Insane asylums in Bengal annual reports 1867-1875 - 1867-1875
Year: 1867
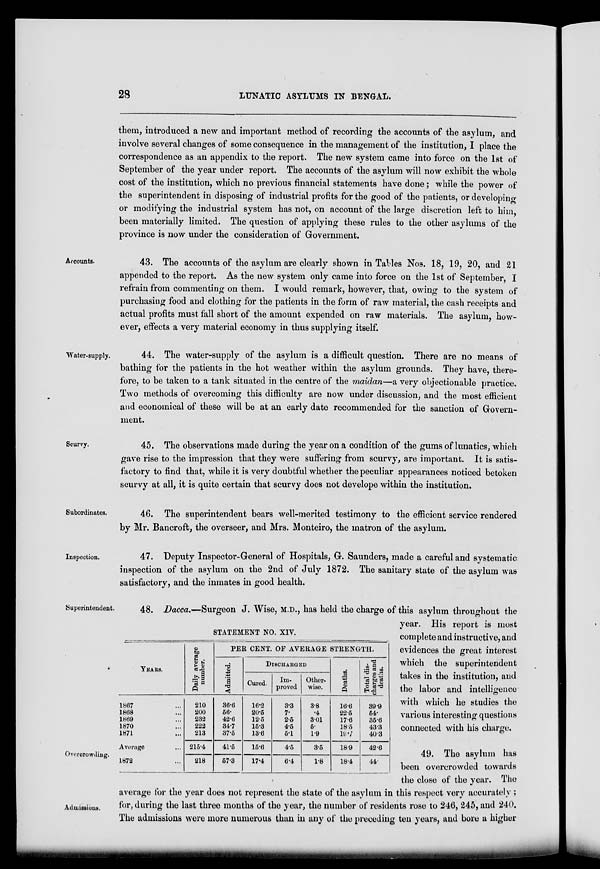
28
LUNATIC ASYLUMS IN BENGAL.
them, introduced a new and important method of recording the accounts of the asylum, and
involve several changes of some consequence in the management of the institution, I place the
correspondence as an appendix to the report. The new system came into force on the 1st of
September of the year under report. The accounts of the asylum will now exhibit the whole
cost of the institution, which no previous financial statements have done; while the power of
the superintendent in disposing of industrial profits for the good of the patients, or developing
or modifying the industrial system has not, on account of the large discretion left to him,
been materially limited. The question of applying these rules to the other asylums of the
province is now under the consideration of Government.
Accounts.
43. The accounts of the asylum are clearly shown in Tables Nos. 18, 19, 20, and 21
appended to the report. As the new system only came into force on the 1st of September, I
refrain from commenting on them. I would remark, however, that, owing to the system of
purchasing food and clothing for the patients in the form of raw material, the cash receipts and
actual profits must fall short of the amount expended on raw materials. The asylum, how-
ever, effects a very material economy in thus supplying itself.
Water-supply.
44. The water-supply of the asylum is a difficult question. There are no means of
bathing for the patients in the hot weather within the asylum grounds. They have, there-
fore, to be taken to a tank situated in the centre of the maidan—a very objectionable practice.
Two methods of overcoming this difficulty are now under discussion, and the most efficient
and economical of these will be at an early date recommended for the sanction of Govern-
ment.
Scurvy.
45. The observations made during the year on a condition of the gums of lunatics, which
gave rise to the impression that they were suffering from scurvy, are important. It is satis-
factory to find that, while it is very doubtful whether the peculiar appearances noticed betoken
scurvy at all, it is quite certain that scurvy does not develope within the institution.
Subordinates.
46. The superintendent bears well-merited testimony to the efficient service rendered
by Mr. Bancroft, the overseer, and Mrs. Monteiro, the matron of the asylum.
Inspection.
47. Deputy Inspector-General of Hospitals, G. Saunders, made a careful and systematic
inspection of the asylum on the 2nd of July 1872. The sanitary state of the asylum was
satisfactory, and the inmates in good health.
Superintendent.
STATEMENT NO. XIV.
YEARS.
1867 ...
1868 ...
1869 ...
1870 ...
1871 ...
Average ...
1872 ...
Daily average
number.
210
200
232
222
213
215.4
218
PER CENT. OF AVERAGE STRENGTH.
Admitted.
36.6
56.
42.6
34.7
37.5
41.5
57.3
DISCHARGED
Cured.
16.2
20.5
12.5
15.3
13.6
15.6
17.4
Im-
proved
3.3
7.
2.5
4.5
5.1
4.5
6 4
Other-
wise.
3.8
.4
3.01
5.
1.9
3.5
1.8
Deaths.
16.6
22.5
17.6
18.5
19.7
18.9
18.4
Total dis-
charges and
deaths.
39.9
54.
35.6
43.3
40.3
42 6
44.
48. Dacca.—Surgeon J. Wise, M.D., has held the charge of this asylum throughout the
year. His report is most
complete and instructive, and
evidences the great interest
which the superintendent
takes in the institution, and
the labor and intelligence
with which he studies the
various interesting questions
connected with his charge.
Overcrowding.
Admissions.
49. The asylum has
been overcrowded towards
the close of the year. The
average for the year does not represent the state of the asylum in this respect very accurately ;
for, during the last three months of the year, the number of residents rose to 246, 245, and 240.
The admissions were more numerous than in any of the preceding ten years, and bore a higher